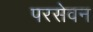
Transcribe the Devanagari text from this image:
परसेवन